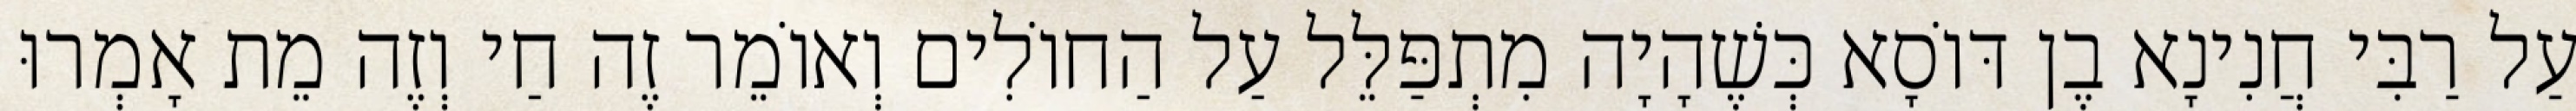
עַל רַבִּי חֲנִינָא בֶן דּוֹסָא כְּשֶׁהָיָה מִתְפַּלֵּל עַל הַחוֹלִים וְאוֹמֵר זֶה חַי וְזֶה מֵת אָמְרוּ